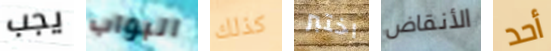
يجب البواب كذلك اختبر الأنقاض أحد